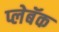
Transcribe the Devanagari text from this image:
प्लेबॅक